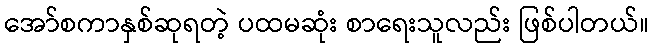
အော်စကာနှစ်ဆုရတဲ့ ပထမဆုံး စာရေးသူလည်း ဖြစ်ပါတယ်။